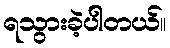
ရသွားခဲ့ပါတယ်။